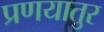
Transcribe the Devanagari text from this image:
प्रणयातुर